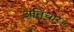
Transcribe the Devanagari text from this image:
अतिचार।